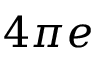
4 \pi e